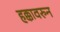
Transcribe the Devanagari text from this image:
हक्कावरुन